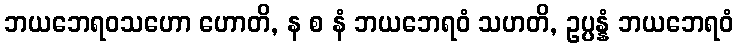
ဘယဘေရဝသဟော ဟောတိ, န စ နံ ဘယဘေရဝံ သဟတိ, ဥပ္ပန္နံ ဘယဘေရဝံ